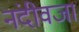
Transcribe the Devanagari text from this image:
नंदीवजा